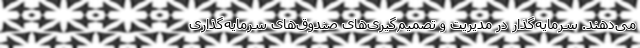
می‌دهند. سرمایه‌گذار در مدیریت و تصمیم‌گیری‌های صندوق‌های سرمایه‌گذاری